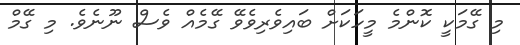
މި ގޭމަކީ ކޮންމެ މީހަކަށް ބައިވެރިވެވޭ ގޭމެއް ވެސް ނޫނެވެ. މި ގޭމް